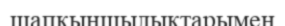
шапқыншылықтарымен